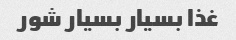
غذا بسیار بسیار شور